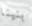
بنينا